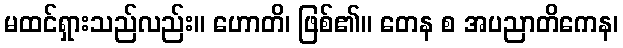
မထင်ရှားသည်လည်း။ ဟောတိ၊ ဖြစ်၏။ တေန စ အပညာတိကေန၊